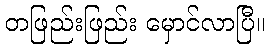
တဖြည်းဖြည်း မှောင်လာပြီ။